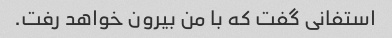
استفانی گفت که با من بیرون خواهد رفت.